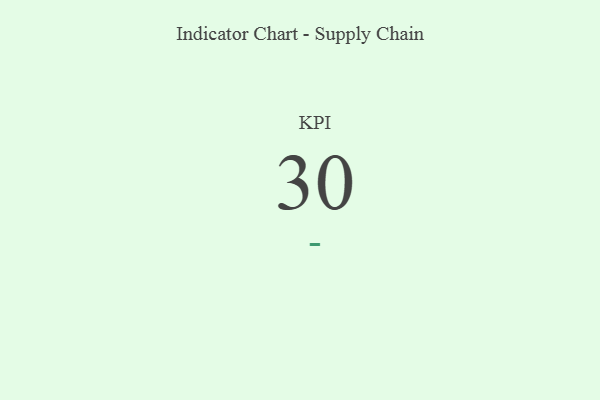
{"axis": {"x": "KPI", "y": "Value"}, "legend": [""], "data": [{"x": "KPI", "y": 30, "type": ""}]}